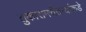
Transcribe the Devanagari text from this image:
तुकारामचैतन्यांकडे